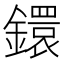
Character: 鐶